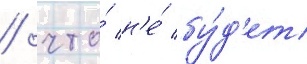
/ что́ н'е́ бу́д'ет